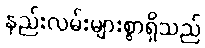
နည်းလမ်းများစွာရှိသည်